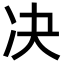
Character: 决